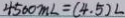
4 5 0 0 m L = ( 4 . 5 ) L